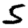
Digit: 5